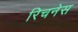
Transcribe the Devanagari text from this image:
रिचनेस